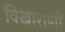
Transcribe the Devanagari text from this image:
विखाराणी